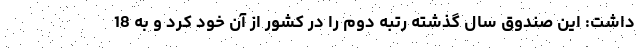
داشت: این صندوق سال گذشته رتبه دوم را در کشور از آن خود کرد و به 18